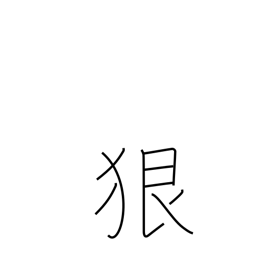
Meaning: severely